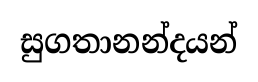
සුගතානන්දයන්